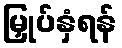
မြှုပ်နှံရန်